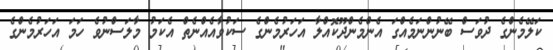
ކަލޭމެންގެ ދުވަސް ބޭނުންނަމެއްގަ އެންމެންދޫކޮއްލާ އަހަރުމެންގެ ސަކުވާއެއްނެތް އެކަމު މާލަސްނުވެ ހަމަ އަހަރުމެންގެ